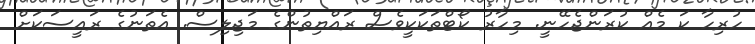
ހުރިހާ ކަ މެއް ކުރަންޖެހޭނީ. މިހާރު ކޯޓްތަކަކީވެސް ރައްޔިތުންގެ މަޖިލިސް. އެތަނުގެ ރައީސަކަށް